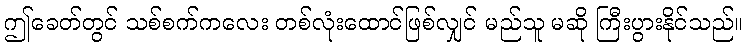
ဤခေတ်တွင် သစ်စက်ကလေး တစ်လုံးထောင်ဖြစ်လျှင် မည်သူ မဆို ကြီးပွားနိုင်သည်။